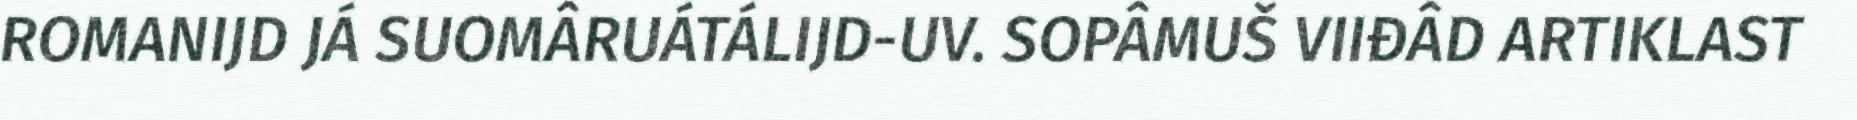
ROMANIJD JÁ SUOMÂRUÁTÁLIJD-UV. SOPÂMUŠ VIIĐÂD ARTIKLAST